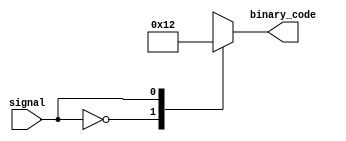
module Encoder(input signal,
                output reg [3:0] binary_code);

always @(*)
begin
    case(signal)
        0: binary_code = 4'b0001;
        1: binary_code = 4'b0010;
        2: binary_code = 4'b0100;
        3: binary_code = 4'b1000;
        default: binary_code = 4'b0000;
    endcase
end

endmodule